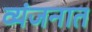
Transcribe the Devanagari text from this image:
व्यंजनात